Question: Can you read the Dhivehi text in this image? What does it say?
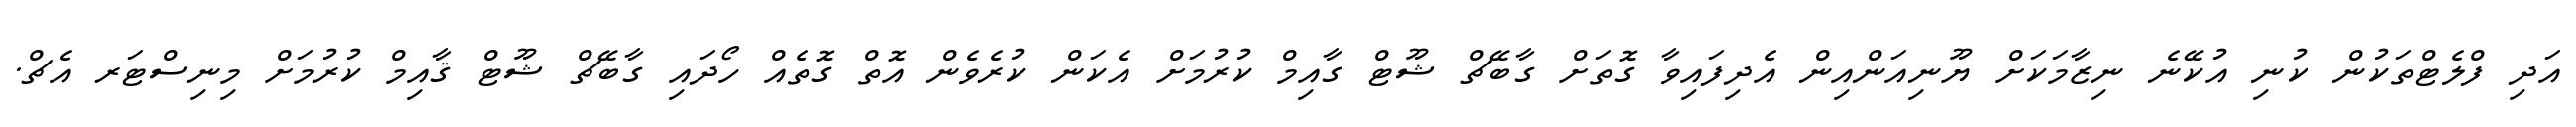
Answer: އަދި ފްލެޓްތަކުން ކުނި އުކޭނެ ނިޒާމަކަށް ޔޫނިއަންއިން އެދިފައިވާ ގޮތަށް ގާބޭޗް ޝޫޓް ގާއިމް ކުރުމަށް އެކަން ކުރެވެން އޮތް ގޮތެއް ހޯދައި ގާބޭޗް ޝޫޓް ޤާއިމް ކުރުމަށް މިނިސްޓަރ އެޗް.